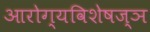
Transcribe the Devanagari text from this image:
आरोग्यविशेषज्ञ